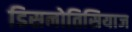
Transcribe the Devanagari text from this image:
डिसनोतिसियाज